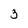
Character: 3